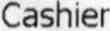
CASHIER